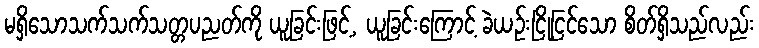
မရှိသောသက်သက်သတ္တပညတ်ကို ယူခြင်းဖြင့်, ယူခြင်းကြောင့် ခဲယဉ်းငြိုငြင်သော စိတ်ရှိသည်လည်း